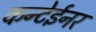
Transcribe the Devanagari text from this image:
कन्टेईनर